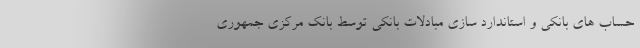
حساب های بانکی و استاندارد سازی مبادلات بانکی توسط بانک مرکزی جمهوری